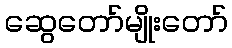
ဆွေတော်မျိုးတော်